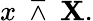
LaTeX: x\ \barwedge\ \mathbf{X}.